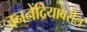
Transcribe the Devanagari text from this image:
जननेंद्रियावरील